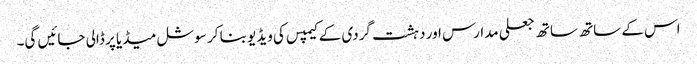
اس کے ساتھ ساتھ جعلی مدارس اور دہشت گردی کے کیمپس کی ویڈیو بنا کر سوشل میڈیا پر ڈالی جائیں گی۔